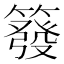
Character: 𥳊